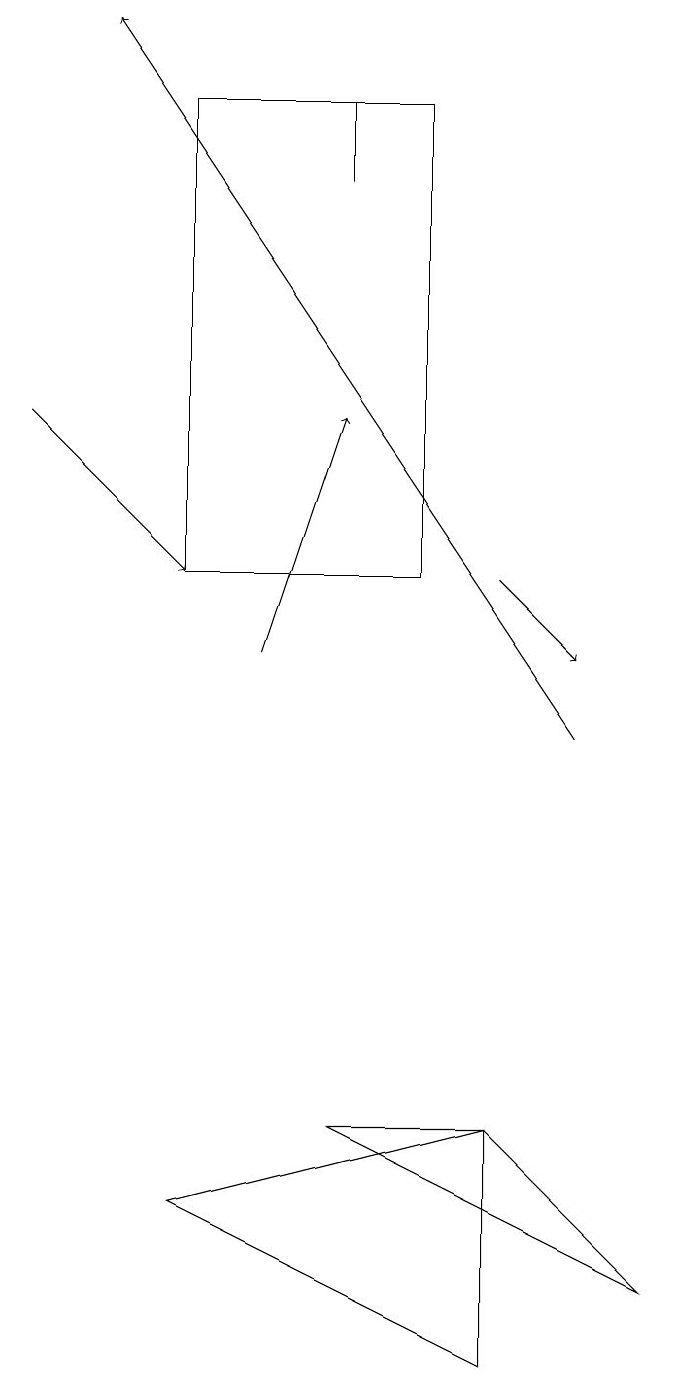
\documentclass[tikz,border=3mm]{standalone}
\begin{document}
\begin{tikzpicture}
\draw (3,4) -- (7,5) -- (7,2) -- cycle;
\draw[->] (4,11) -- (5,14);
\draw[->] (1,14) -- (3,12);
\draw[->] (7,12) -- (8,11);
\draw[->] (8,10) -- (2,19);
\draw (7,5) -- (5,5) -- (9,3) -- cycle;
\draw (5,18) rectangle (5,17);
\draw (3,18) rectangle (6,12);
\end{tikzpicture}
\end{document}